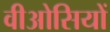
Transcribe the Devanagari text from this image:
वीओसियों